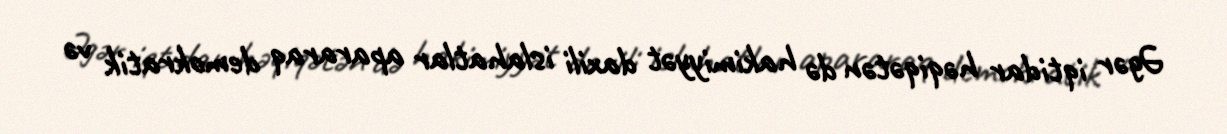
Əgər iqtidar həqiqətən də hakimiyyət daxili islahatlar apararaq demokratik və